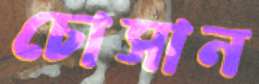
চোসান